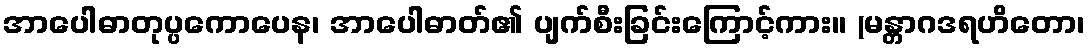
အာပေါဓာတုပ္ပကောပေန၊ အာပေါဓာတ်၏ ပျက်စီးခြင်းကြောင့်ကား။ (မန္တာဂဒရဟိတော၊